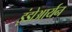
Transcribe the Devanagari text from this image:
इंडोआर्यन